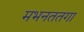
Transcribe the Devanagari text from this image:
मभनततगा